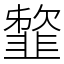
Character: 䪠